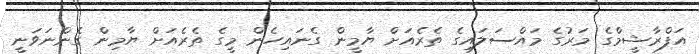
އަފްރާޝީމްގެ މަރުގެ މައްސަލައިގެ ތެރެއަށް ޔާމީން ގެނައިހެން މީގެ ތެރެއަށް ޔާމިން ގެންނަވަނީ